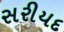
સરીયદ